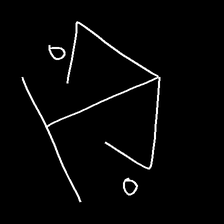
Glyph: earth